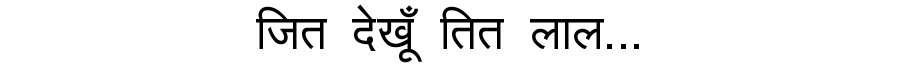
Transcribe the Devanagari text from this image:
जित देखूँ तित लाल...